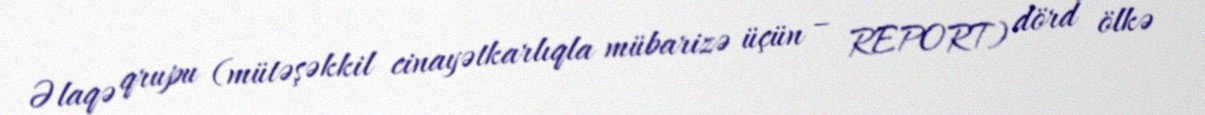
Əlaqə qrupu (mütəşəkkil cinayətkarlıqla mübarizə üçün – REPORT) dörd ölkə